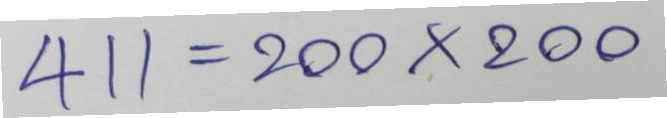
411 = 200x200